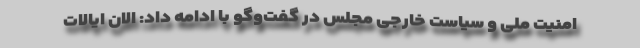
امنیت ملی و سیاست خارجی مجلس در گفت‌وگو با ادامه داد: الان ایالات